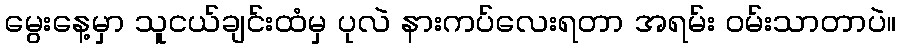
မွေးနေ့မှာ သူငယ်ချင်းထံမှ ပုလဲ နားကပ်လေးရတာ အရမ်း ဝမ်းသာတာပဲ။